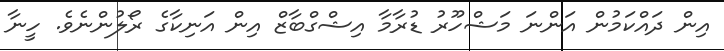
އިން ދައްކަމުން އަންނަ މަޝްހޫރު ޑުރާމާ އިޝްގްބާޒް އިން އަނިކާގެ ރޯލުންނެވެ. ހީނާ